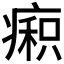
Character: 𰣼